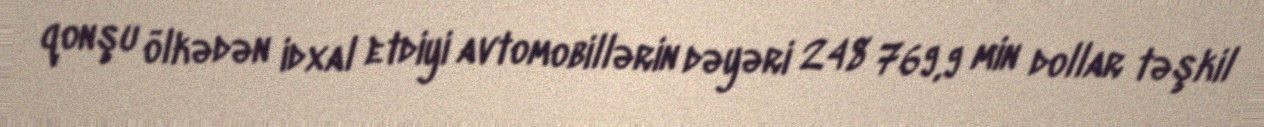
qonşu ölkədən idxal etdiyi avtomobillərin dəyəri 248 769,9 min dollar təşkil